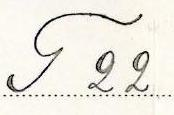
T 22